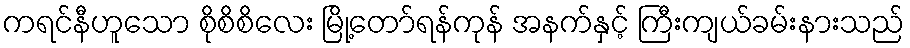
ကရင်နီဟူသော စိုစိစိလေး မြို့တော်ရန်ကုန် အနက်နှင့် ကြီးကျယ်ခမ်းနားသည်